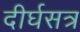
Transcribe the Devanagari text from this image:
दीर्घसत्र